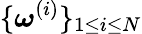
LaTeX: \{ \boldsymbol{\omega}^{(i)}\} _{1\le i\le N}